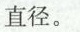
直径。